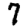
Digit: 7